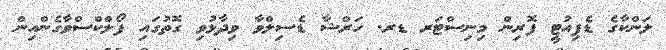
ލަންކާގެ ޑެޕިއުޓީ ފޮރިން މިނިސްޓަރ ޑރ. ހަރްޝާ ޑެސިލްވާ ވިދާޅުވި ގޮތުގައި ފޯލްކްސްވާގެންއިން